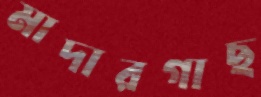
মাদারগাছ